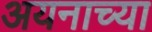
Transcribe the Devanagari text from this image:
अयनाच्या